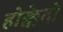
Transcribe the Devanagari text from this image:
होक्केदो